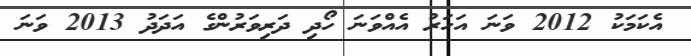
އެކަމަކު 2012 ވަނަ އަހަރު އެއްވަނަ ހޯދި ދަރިވަރުންގެ އަދަދު 2013 ވަނަ